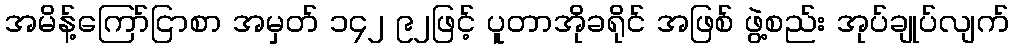
အမိန့်ကြော်ငြာစာ အမှတ် ၁၄၂ ၉၂ဖြင့် ပူတာအိုခရိုင် အဖြစ် ဖွဲ့စည်း အုပ်ချုပ်လျက်